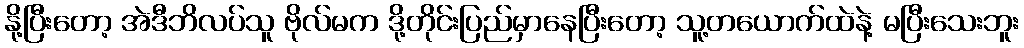
နို့ပြီးတော့ အဲဒီဘိလပ်သူ ဗိုလ်မက ဒို့တိုင်းပြည်မှာနေပြီးတော့ သူ့တယောက်ထဲနဲ့ မပြီးသေးဘူး